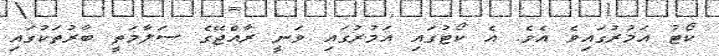
ކޯޓު އަމުރުގައިވެ އެވެ. އެ ކޯޓުގައި އަމުރުގައި ވަނީ ރާއްޖޭގެ ސަލާމަތީ ބާރުތަކުގައި